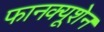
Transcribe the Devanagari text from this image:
फानक्यूशेन